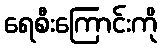
ရေစီးကြောင်းကို